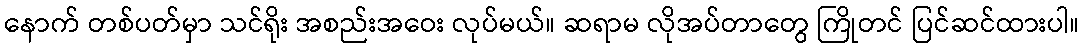
နောက် တစ်ပတ်မှာ သင်ရိုး အစည်းအဝေး လုပ်မယ်။ ဆရာမ လိုအပ်တာတွေ ကြိုတင် ပြင်ဆင်ထားပါ။